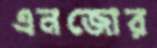
এনজোর